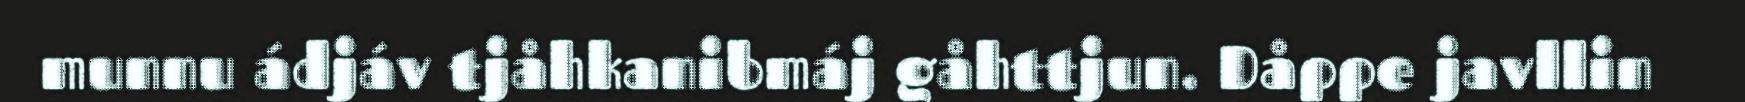
munnu ádjáv tjåhkanibmáj gåhttjun. Dåppe javllin